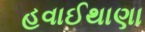
હવાઈથાણા